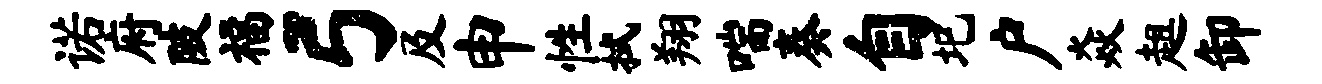
诺府陂福弓及申性拭翔喘奏自圯户焱趄卸